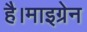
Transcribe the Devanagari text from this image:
है।माइग्रेन